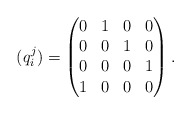
\begin{align*} (q_{i}^{j})=\begin{pmatrix} 0 & 1 & 0 & 0\\ 0 & 0 & 1 & 0 \\ 0 & 0 & 0 & 1\\ 1 & 0 & 0 & 0\\ \end{pmatrix}.\end{align*}